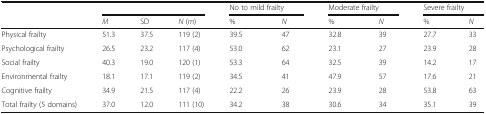
<table><thead><tr><td rowspan="2"></td><td colspan="3"></td><td colspan="2"><b>No to mild frailty</b></td><td colspan="2"><b>Moderate frailty</b></td><td colspan="2"><b>Severe frailty</b></td></tr><tr><td><b><i>M</i></b></td><td><b>SD</b></td><td><b><i>N</i> (<i>m</i>)</b></td><td><b>%</b></td><td><b><i>N</i></b></td><td><b>%</b></td><td><b><i>N</i></b></td><td><b>%</b></td><td><b><i>N</i></b></td></tr></thead><tbody><tr><td>Physical frailty</td><td>51.3</td><td>37.5</td><td>119 (2)</td><td>39.5</td><td>47</td><td>32.8</td><td>39</td><td>27.7</td><td>33</td></tr><tr><td>Psychological frailty</td><td>26.5</td><td>23.2</td><td>117 (4)</td><td>53.0</td><td>62</td><td>23.1</td><td>27</td><td>23.9</td><td>28</td></tr><tr><td>Social frailty</td><td>40.3</td><td>19.0</td><td>120 (1)</td><td>53.3</td><td>64</td><td>32.5</td><td>39</td><td>14.2</td><td>17</td></tr><tr><td>Environmental frailty</td><td>18.1</td><td>17.1</td><td>119 (2)</td><td>34.5</td><td>41</td><td>47.9</td><td>57</td><td>17.6</td><td>21</td></tr><tr><td>Cognitive frailty</td><td>34.9</td><td>21.5</td><td>117 (4)</td><td>22.2</td><td>26</td><td>23.9</td><td>28</td><td>53.8</td><td>63</td></tr><tr><td>Total frailty (5 domains)</td><td>37.0</td><td>12.0</td><td>111 (10)</td><td>34.2</td><td>38</td><td>30.6</td><td>34</td><td>35.1</td><td>39</td></tr></tbody></table>